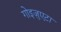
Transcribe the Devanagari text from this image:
गोइज़ुएटा